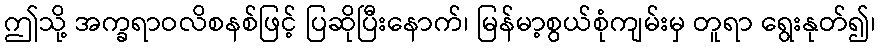
ဤသို့ အက္ခရာဝလိစနစ်ဖြင့် ပြဆိုပြီးနောက်၊ မြန်မာ့စွယ်စုံကျမ်းမှ တူရာ ရွေးနုတ်၍၊